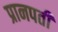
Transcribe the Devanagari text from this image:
प्रानपती